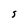
Character: S